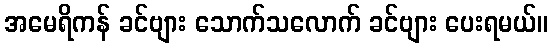
အမေရိကန် ခင်ဗျား သောက်သလောက် ခင်ဗျား ပေးရမယ်။